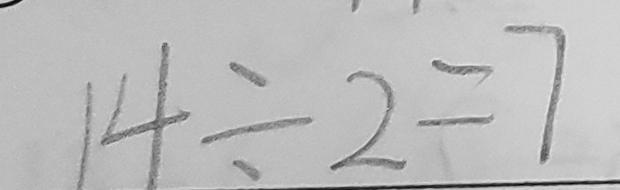
1 4 \div 2 = 7